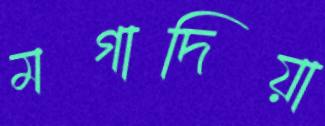
মগাদিয়া